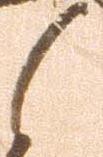
之